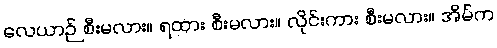
လေယာဉ် စီးမလား။ ရထား စီးမလား။ လိုင်းကား စီးမလား။ အိမ်က